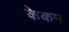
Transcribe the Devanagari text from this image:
केकम